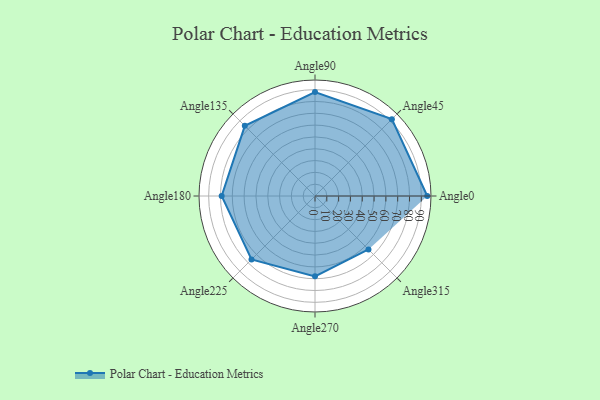
{"axis": {"x": "Angle", "y": "Radius"}, "legend": [""], "data": [{"x": "Angle0", "y": 95.0, "type": ""}, {"x": "Angle45", "y": 92.0, "type": ""}, {"x": "Angle90", "y": 88.0, "type": ""}, {"x": "Angle135", "y": 84.0, "type": ""}, {"x": "Angle180", "y": 79.0, "type": ""}, {"x": "Angle225", "y": 76.0, "type": ""}, {"x": "Angle270", "y": 68.0, "type": ""}, {"x": "Angle315", "y": 64.0, "type": ""}]}